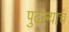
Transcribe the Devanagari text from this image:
पुढल्याच